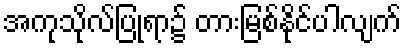
အကုသိုလ်ပြုရာ၌ တားမြစ်နိုင်ပါလျက်